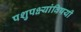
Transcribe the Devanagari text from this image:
पशुपक्ष्यांविषयी